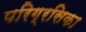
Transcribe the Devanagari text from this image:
परिग्रसिका